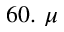
6 0 . ~ \mu